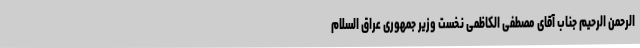
الرحمن الرحیم جناب آقای مصطفی الکاظمی نخست وزیر جمهوری عراق السلام